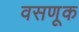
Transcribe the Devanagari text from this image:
वसणूक